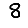
Digit: 8